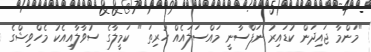
"މަންމާ ޖައިދަން ކުޑައިރު ނަފްސާނީ މައްސަލައެއް ހުރިތަ " ކަމީލާގެ ސުވާލާއިއެކު މެހްވިޝްގެ